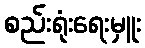
စည်းရုံးရေးမှူး